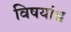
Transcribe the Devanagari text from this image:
विषयांश्च